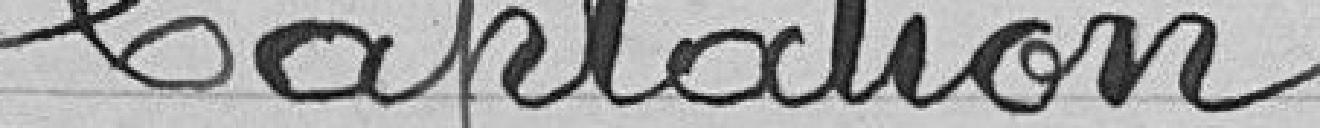
Captation